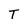
Character: T